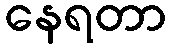
နေရတာ